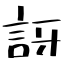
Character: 訝